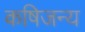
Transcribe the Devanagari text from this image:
कषिजन्य